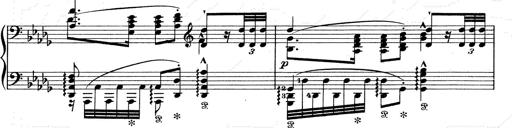
Title: Walhall aus Der Ring des Nibelungen
Composer: Franz Liszt